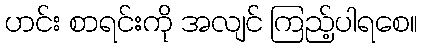
ဟင်း စာရင်းကို အလျင် ကြည့်ပါရစေ။